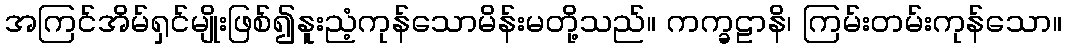
အကြင်အိမ်ရှင်မျိုးဖြစ်၍နူးညံ့ကုန်သောမိန်းမတို့သည်။ ကက္ခဠာနိ၊ ကြမ်းတမ်းကုန်သော။